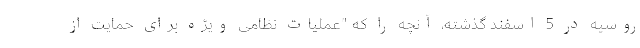
روسیه در 5 اسفند گذشته، آنچه را که "عملیات نظامی ویژه برای حمایت از